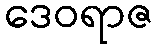
ဒေဝရာဇ